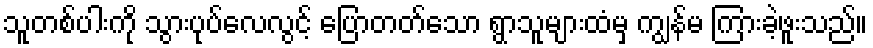
သူတစ်ပါးကို သွားပုပ်လေလွင့် ပြောတတ်သော ရွာသူများထံမှ ကျွန်မ ကြားခဲ့ဖူးသည်။